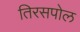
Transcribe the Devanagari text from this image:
तिरसपोल